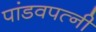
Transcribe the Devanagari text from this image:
पांडवपत्‍नी